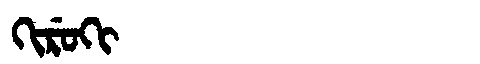
Manchu: ᡴᡳᡵᡠᡴᡳ
Romanization: KIRUKI